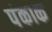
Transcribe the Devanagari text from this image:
पंकाक